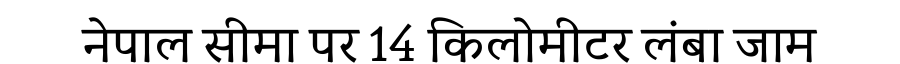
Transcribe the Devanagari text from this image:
नेपाल सीमा पर 14 किलोमीटर लंबा जाम